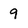
Character: 9